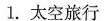
___